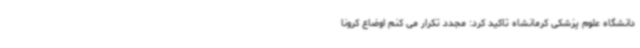
دانشگاه علوم پزشکی کرمانشاه تاکید کرد: مجدد تکرار می کنم اوضاع کرونا